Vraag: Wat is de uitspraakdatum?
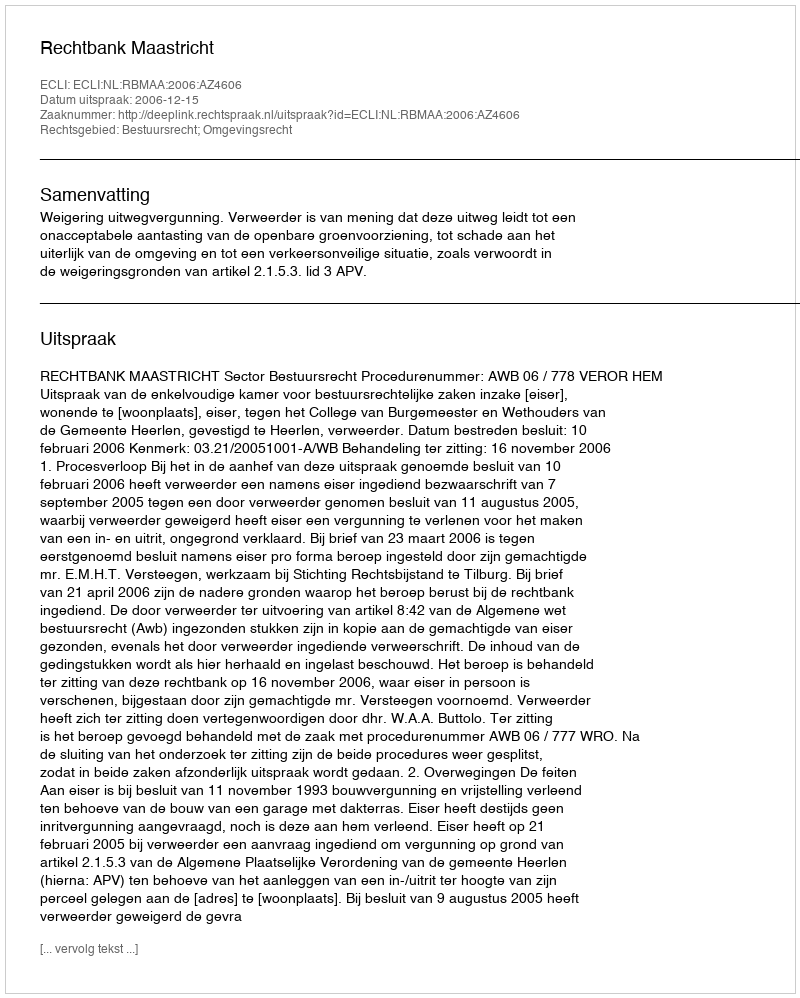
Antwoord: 2006-12-15